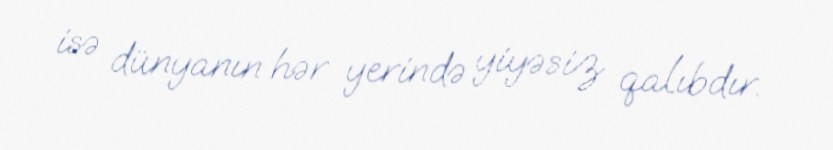
isə dünyanın hər yerində yiyəsiz qalıbdır.